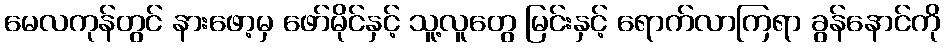
မေလကုန်တွင် နားဖော့မှ ဖော်မိုင်နှင့် သူ့လူတွေ မြင်းနှင့် ရောက်လာကြရာ ခွန်နောင်ကို